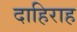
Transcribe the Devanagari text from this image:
दाहिराह